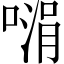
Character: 𪡵